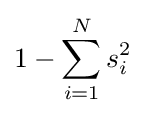
1-\sum _{i=1}^{N}s_{i}^{2}